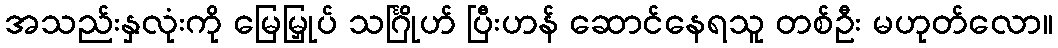
အသည်းနှလုံးကို မြေမြှုပ် သင်္ဂြိုဟ် ပြီးဟန် ဆောင်နေရသူ တစ်ဦး မဟုတ်လော။